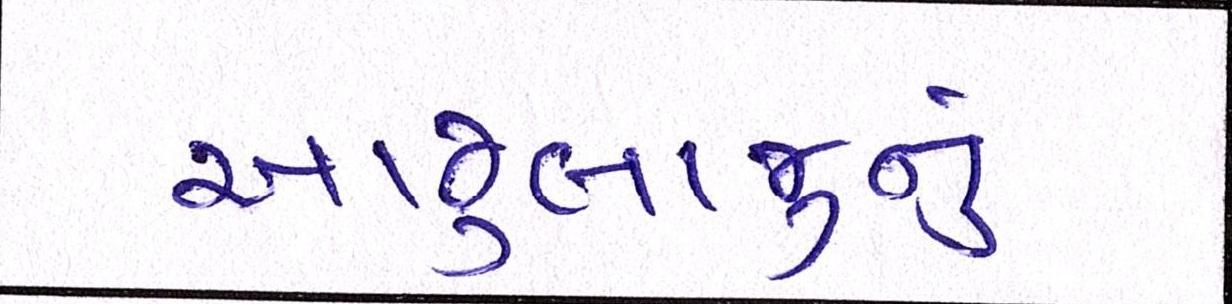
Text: આજુબાજુનું